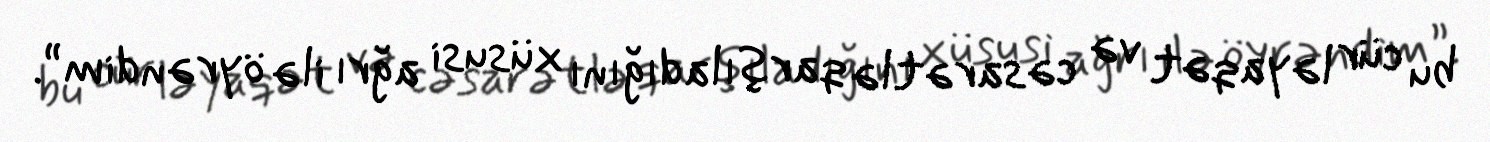
bu cür ləyaqət və cəsarətlə qarşıladığını xüsusi ağrı ilə öyrəndim”.